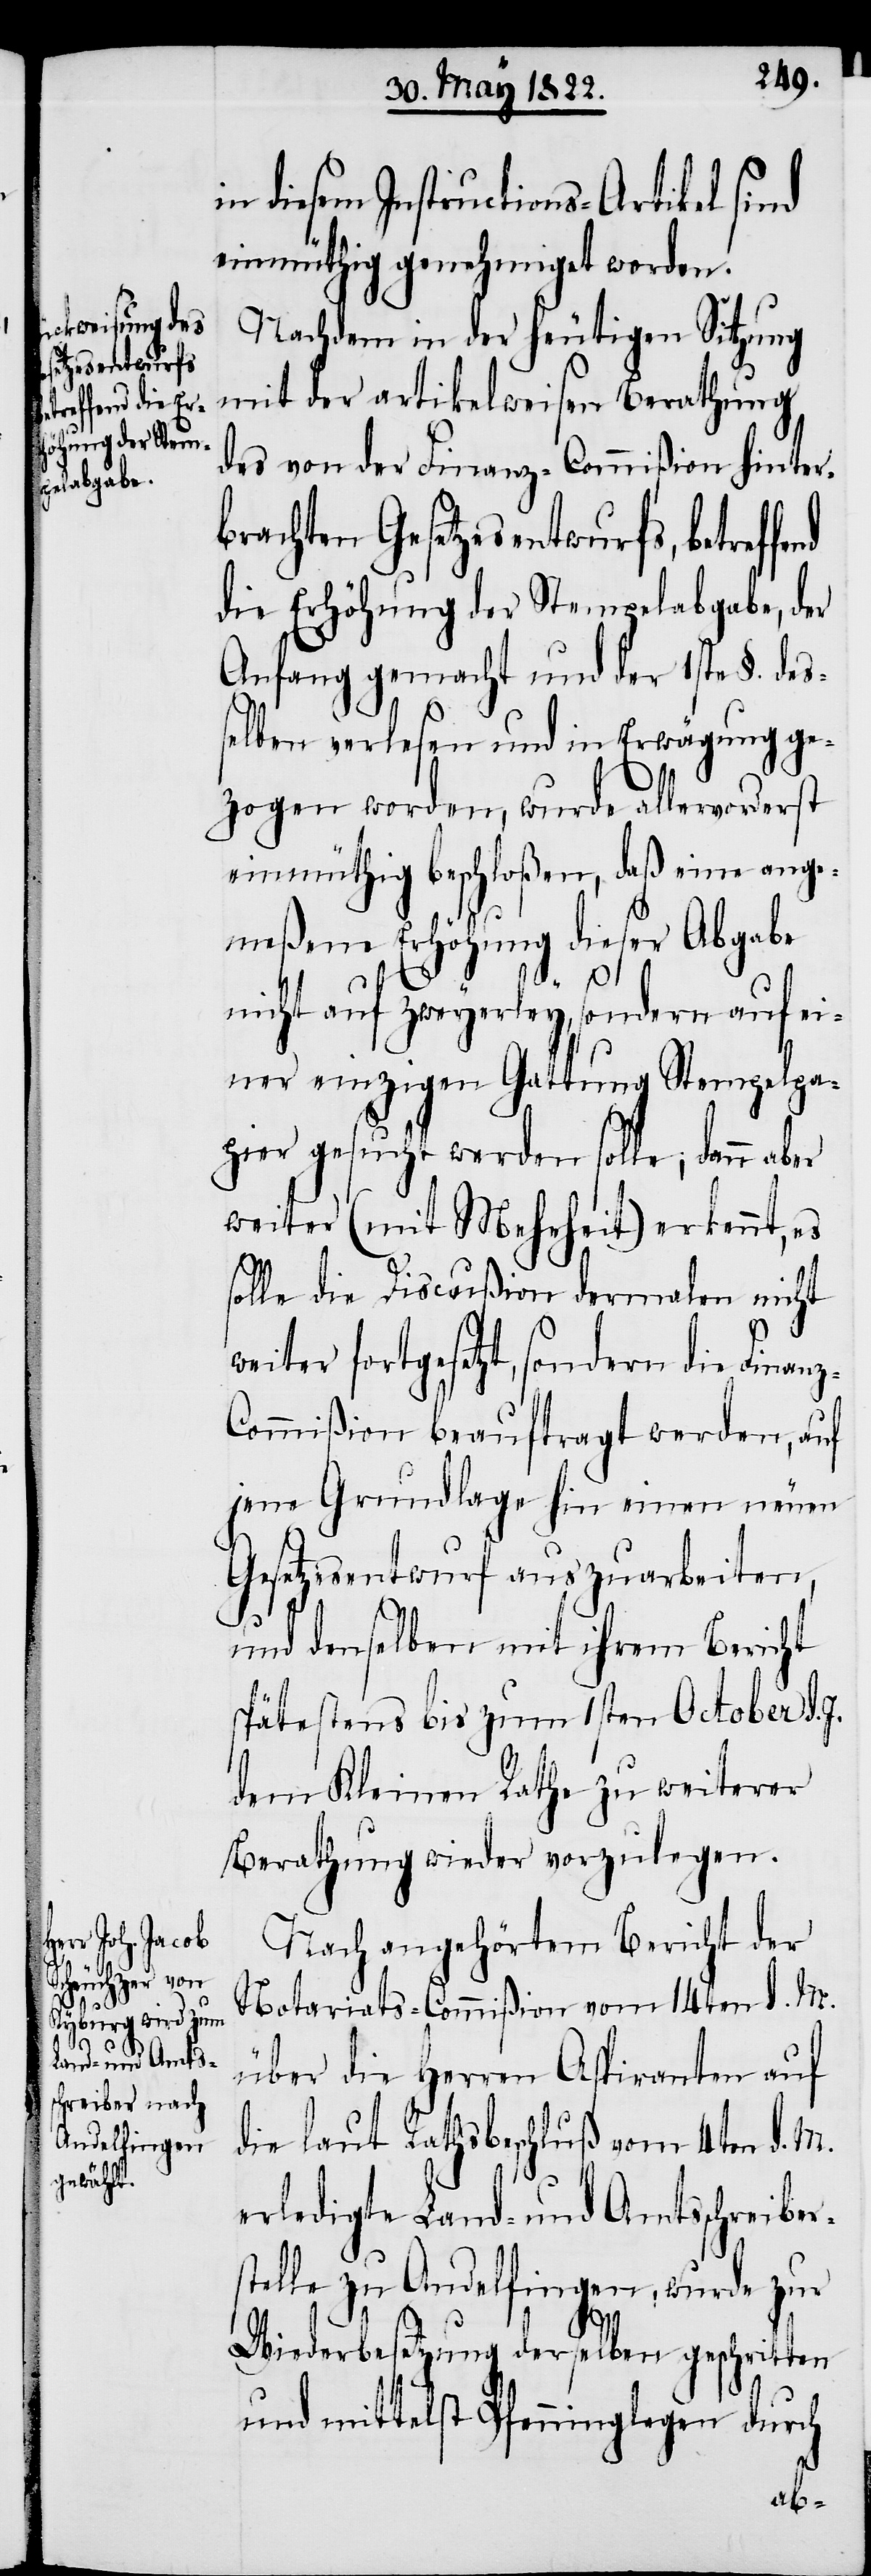
weiter fort¬
z-C¬

in diesem Instructions-Artikel sind
einmüthig genehmiget worden.
Nachdem in der heutigen Sitzung
mit der artikelweisen Berathung
des von der Finanz-Commißion hinter¬
brachten Gesetzesentwurfs, betreff¬
die Erhöhung der Stempelabgabe, der
Anfang gemacht und der 1ste §. des¬
selben verlesen und in Erwägung ge¬
zogen worden, wurde allervorderst
einmüthig beschloßen, daß eine ange¬
meßene Erhöhung dieser Abgabe
nicht auf zweyerley, sondern auf ei¬
ner einzigen Gattung Stempelpa¬
pier gesucht werden solle; dann aber
weiter (Mehrheit) erkennt, es
solle die Discußion dermalen nicht
gesetzt, sondern die Finan¬
ommißion beauftragt werden, auf
jene Grundlage hin einen neuen
Gesetzesentwurf auszuarbeiten,
und denselben mit ihrem Bericht
spätestens bis zum 1sten October d.
dem Kleinen Rathe zu weiterer
Berathung wieder vorzulegen.
Nach angehörtem Bericht der
Notariats-Commißion vom 14ten d. M.
über die Herren Aspiranten auf
die laut Rathsbeschluß vom 4ten d. M.
erledigte Land- und Amtsschreiber¬
stelle zu Andelfingen, wurde zu
end
Wiederbesetzung derselben geschritten
und mittelst Pfenninglegen durch